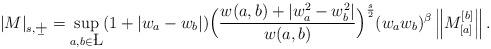
LaTeX: \begin{align*}|M|_{s,\b+}=\sup_{a,b\in\L}(1+|w_a-w_b|)\Big(\frac{w(a,b)+|w^2_a-w^2_b|}{w(a,b)}\Big)^{\frac{s}{2}}(w_aw_b)^\beta\left\|M_{[a]}^{[b]}\right\| .\end{align*}